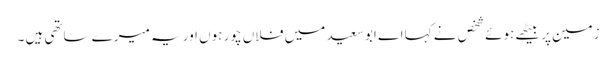
زمین پر بیٹھے ہوئے شخص نے کہا اے ابو سعید میں فلاں چور ہوں اور یہ میرے ساتھی ہیں ۔